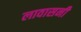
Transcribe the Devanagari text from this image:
लावासनी